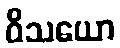
ဝိသယော